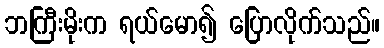
ဘကြီးမိုးက ရယ်မော၍ ပြောလိုက်သည်။